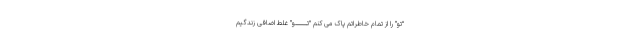
“تو” را از تمام خاطراتم پاک می کنم “تــــــــــــو” غلط اضافیِ زندگیم